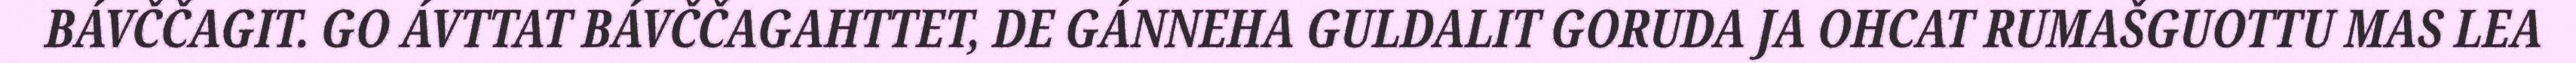
BÁVČČAGIT. GO ÁVTTAT BÁVČČAGAHTTET, DE GÁNNEHA GULDALIT GORUDA JA OHCAT RUMAŠGUOTTU MAS LEA